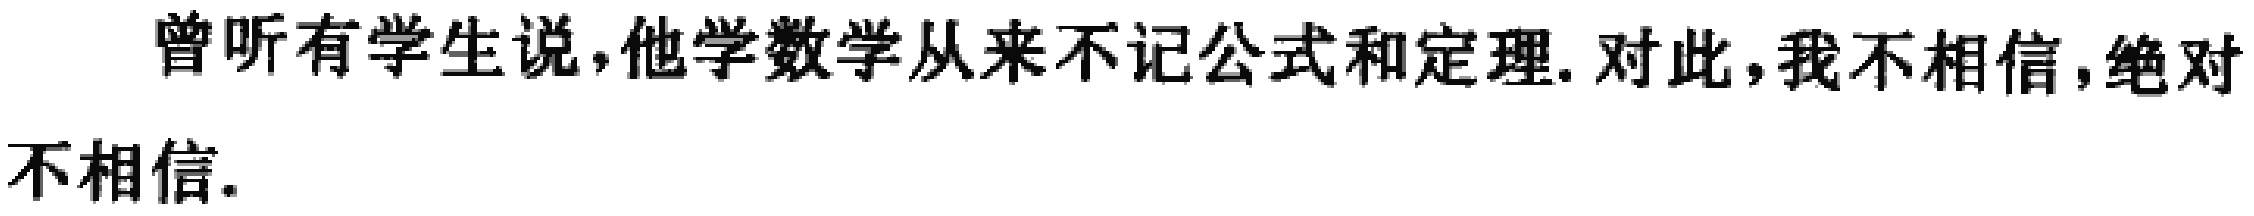
曾听有学生说,他学数学从来不记公式和定理.对此,我不相信,绝对不相信.